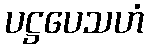
ပဋ္ဌပေသဟံ